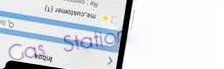
Gas Station